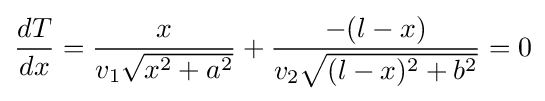
{\frac {dT}{dx}}={\frac {x}{v_{1}{\sqrt {x^{2}+a^{2}}}}}+{\frac {-(l-x)}{v_{2}{\sqrt {(l-x)^{2}+b^{2}}}}}=0